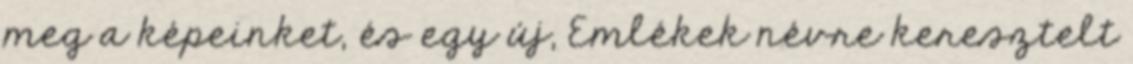
meg a képeinket, és egy új, Emlékek névre keresztelt